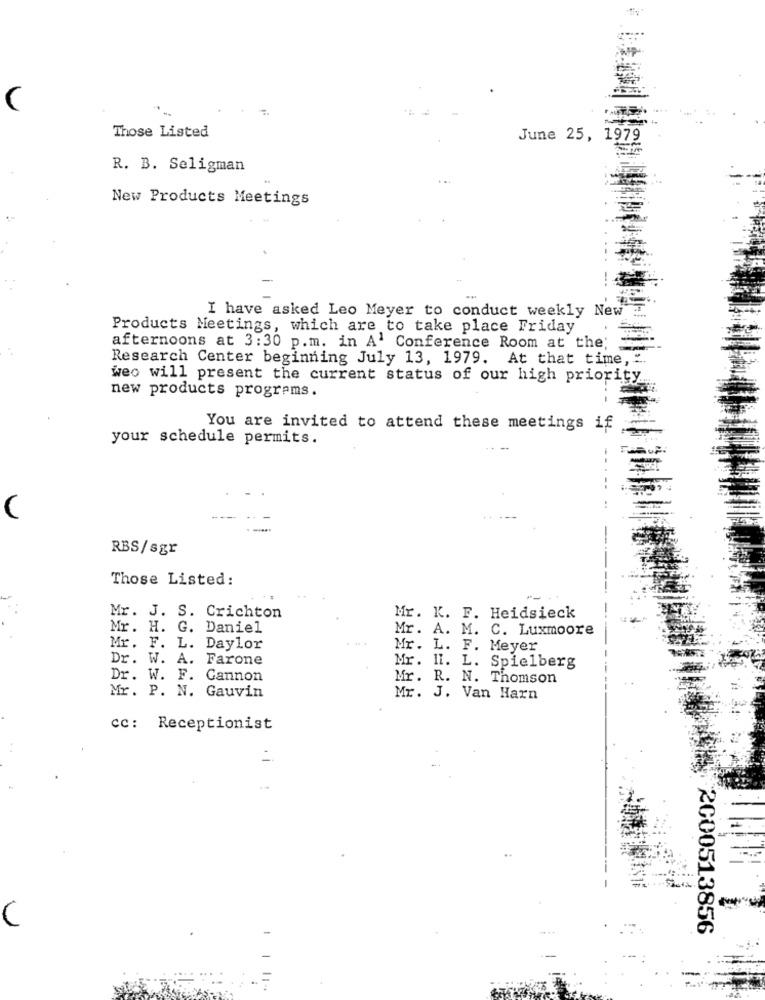
Those Listed
June 25, 1979
R. B. Seligman
New Products Meetings
I have asked Leo Meyer to conduct weekly New
Products Meetings, which are to take place Friday
afternoons at 3:30 p.m. in A' Conference Room at the;
Research Center beginning July 13, 1979. At that time, ".
weo will present the current status of our high priority
new products programs.
You are invited to attend these meetings if
your schedule permits.
-- --
RBS/sgr
Those Listed:
Mr. J. S. Crichton
Mr. K. F. Heidsieck
Mr. H. G. Daniel
Mr. A. M. C. Luxmoore
Mr. F. L. Daylor
Mr. L. F. Meyer
Dr. W. A. Farone
Mr. II. L. Spielberg
Dr. W. F. Cannon
Mr. R. N. Thomson
Mr. P. N. Gauvin
Mr. J. Van Harn
cc: Receptionist
I
C
2000513856